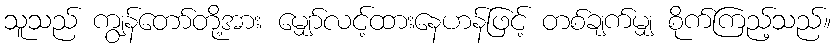
သူသည် ကျွန်တော်တို့အား မျှော်လင့်ထားနေဟန်ဖြင့် တစ်ချက်မျှ စိုက်ကြည့်သည်။